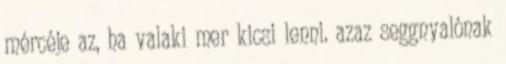
mércéje az, ha valaki mer kicsi lenni. azaz seggnyalónak